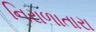
નિરાળાતારા